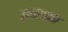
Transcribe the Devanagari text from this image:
उत्पादतक